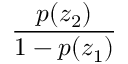
\frac { p ( z _ { 2 } ) } { 1 - p ( z _ { 1 } ) }